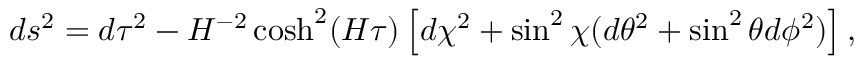
d s ^ { 2 } = d \tau ^ { 2 } - H ^ { - 2 } \cosh ^ { 2 } ( H \tau ) \left[ d \chi ^ { 2 } + \sin ^ { 2 } \chi ( d \theta ^ { 2 } + \sin ^ { 2 } \theta d \phi ^ { 2 } ) \right] ,